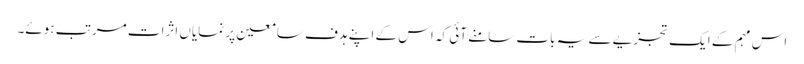
اس مہم کے ایک تجزیے سے یہ بات سامنے آئی کہ اس کے اپنے ہدف سامعین پر نمایاں اثرات مرتب ہوئے۔